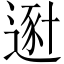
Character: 𨔿